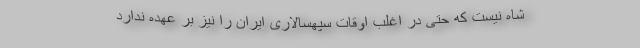
شاه نیست که حتی در اغلب اوقات سپهسالاری ایران را نیز بر عهده ندارد